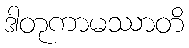
ဒါတုကာမဿာတိ